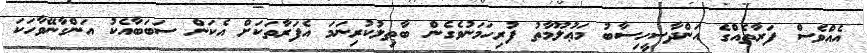
އެއްވެސް ފަރާތެއްގެ އަންދާސީހިސާބު މަޢުލޫމާތު ފުރިހަމަނުވެގެން ބާޠިލުކުރިނަމަ އެފަރާތަކަށް އެކަން ސަބަބާއެކު އަންގާނޭވާހަކަ